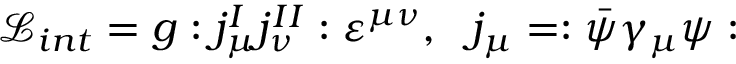
\mathcal { L } _ { i n t } = g : j _ { \mu } ^ { I } j _ { \nu } ^ { I I } : \varepsilon ^ { \mu \nu } , \, \, \, \, j _ { \mu } = : \bar { \psi } \gamma _ { \mu } \psi :